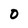
Character: 0